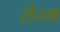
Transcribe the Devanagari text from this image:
सेय्म